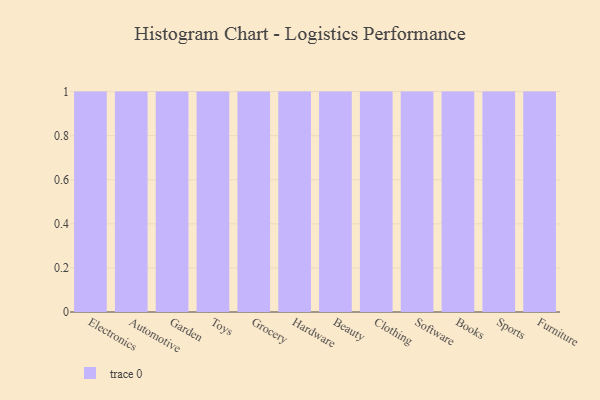
{"axis": {"x": "Category", "y": "Conversion Rate (%)"}, "legend": [""], "data": [{"x": "Electronics", "y": 53, "type": ""}, {"x": "Automotive", "y": 100, "type": ""}, {"x": "Garden", "y": 94, "type": ""}, {"x": "Toys", "y": 6, "type": ""}, {"x": "Grocery", "y": 94, "type": ""}, {"x": "Hardware", "y": 65, "type": ""}, {"x": "Beauty", "y": 56, "type": ""}, {"x": "Clothing", "y": 28, "type": ""}, {"x": "Software", "y": 53, "type": ""}, {"x": "Books", "y": 94, "type": ""}, {"x": "Sports", "y": 26, "type": ""}, {"x": "Furniture", "y": 22, "type": ""}]}